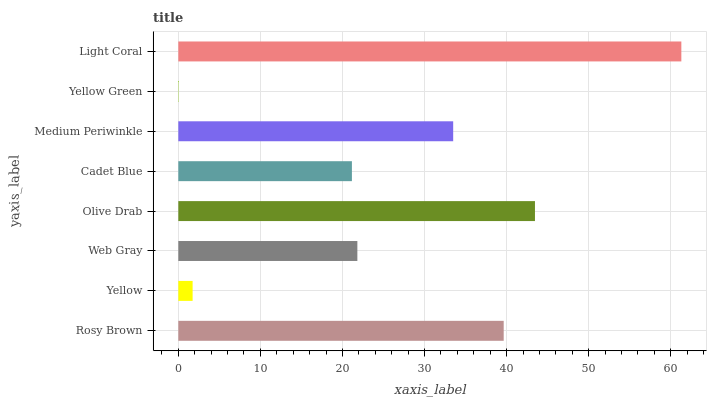
| yaxis_label | bars |
 | --- | --- |
 | Rosy Brown | 39.6 |
 | Yellow | 1.74 |
 | Web Gray | 21.8 |
 | Olive Drab | 43.5 |
 | Cadet Blue | 21.2 |
 | Medium Periwinkle | 33.5 |
 | Yellow Green | 0.0476 |
 | Light Coral | 61.3 |